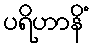
ပရိဟာနိံ